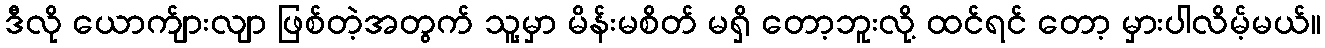
ဒီလို ယောက်ျားလျာ ဖြစ်တဲ့အတွက် သူ့မှာ မိန်းမစိတ် မရှိ တော့ဘူးလို့ ထင်ရင် တော့ မှားပါလိမ့်မယ်။